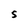
Character: S